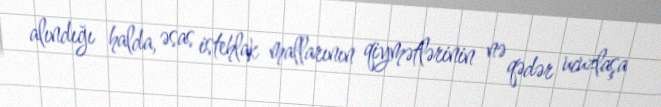
alındığı halda, əsas istehlak mallarının qiymətlərinin nə qədər ucuzlaşa